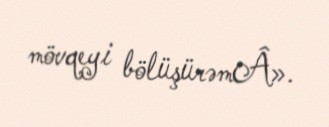
mövqeyi bölüşürəmÂ».